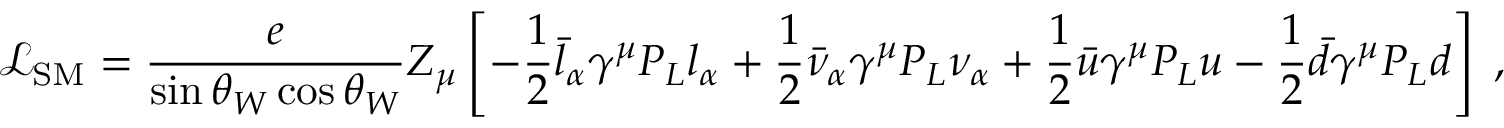
\mathcal { L } _ { \mathrm { S M } } = \frac { e } { \sin \theta _ { W } \cos \theta _ { W } } Z _ { \mu } \left[ - \frac { 1 } { 2 } \bar { l } _ { \alpha } \gamma ^ { \mu } P _ { L } l _ { \alpha } + \frac { 1 } { 2 } \bar { \nu } _ { \alpha } \gamma ^ { \mu } P _ { L } \nu _ { \alpha } + \frac { 1 } { 2 } \bar { u } \gamma ^ { \mu } P _ { L } u - \frac { 1 } { 2 } \bar { d } \gamma ^ { \mu } P _ { L } d \right] \; ,